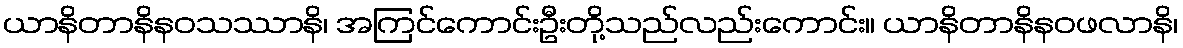
ယာနိတာနိနဝသဿာနိ၊ အကြင်ကောင်းဦးတို့သည်လည်းကောင်း။ ယာနိတာနိနဝဖလာနိ၊